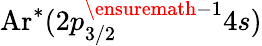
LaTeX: \mathrm{Ar}^{*}(2{p}_{3/2}^{\ensuremath{-}1}4s)